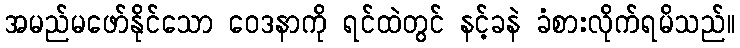
အမည်မဖော်နိုင်သော ဝေဒနာကို ရင်ထဲတွင် နင့်ခနဲ ခံစားလိုက်ရမိသည်။